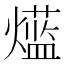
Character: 𱬡